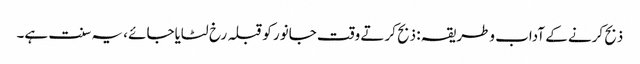
ذبح کرنے کے آداب وطریقہ : ذبح کرتے وقت جانور کوقبلہ رخ لٹایاجائے ، یہ سنت ہے۔